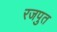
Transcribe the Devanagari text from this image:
रजपुत